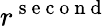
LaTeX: r^{\mathrm{~s~e~c~o~n~d~}}